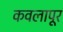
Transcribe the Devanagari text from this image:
कवलापूर